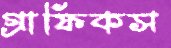
গ্রাফিকস